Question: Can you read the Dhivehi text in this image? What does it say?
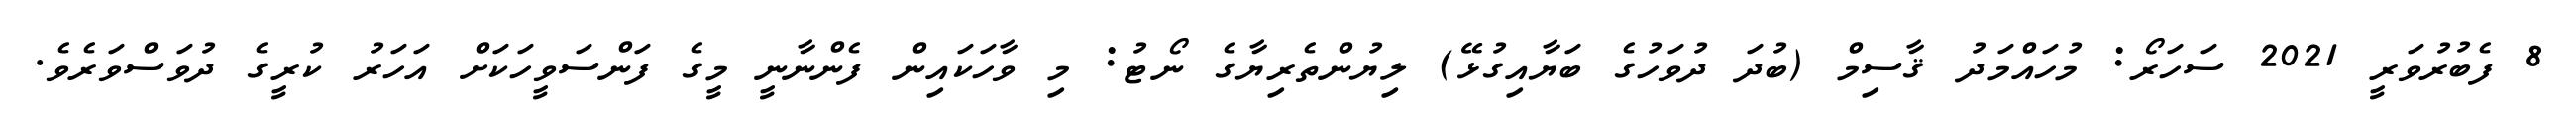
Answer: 8 ފެބުރުވަރީ 2021 ސަހަރޯ: މުހައްމަދު ޤާސިމް (ބުދަ ދުވަހުގެ ބަޔާއިގުޅޭ) ލިޔުންތެރިޔާގެ ނޯޓު: މި ވާހަކައިން ފެންނާނީ މީގެ ފަންސަވީހަކަށް އަހަރު ކުރީގެ ދުވަސްވަރެވެ.